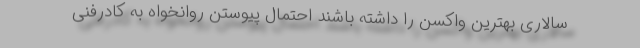
سالاری بهترین واکسن را داشته باشند احتمال پیوستن روانخواه به کادرفنی